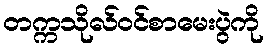
တက္ကသိုလ်ဝင်စာမေးပွဲကို